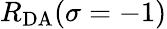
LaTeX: R_{\mathrm{DA}}(\sigma=-1)